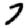
Digit: 7